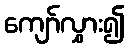
ကျော်လွှား၍